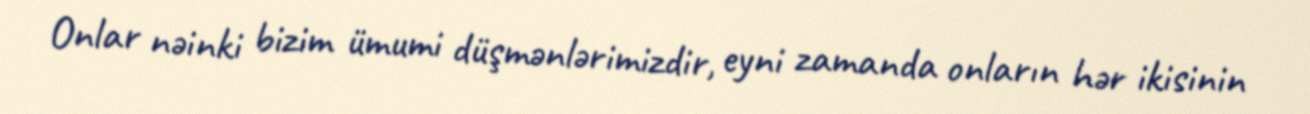
Onlar nəinki bizim ümumi düşmənlərimizdir, eyni zamanda onların hər ikisinin